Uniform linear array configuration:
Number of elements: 48
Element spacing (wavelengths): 0.75
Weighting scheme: hamming
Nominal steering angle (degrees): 60
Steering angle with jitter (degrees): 58.645
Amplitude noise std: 0.05
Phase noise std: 0.05

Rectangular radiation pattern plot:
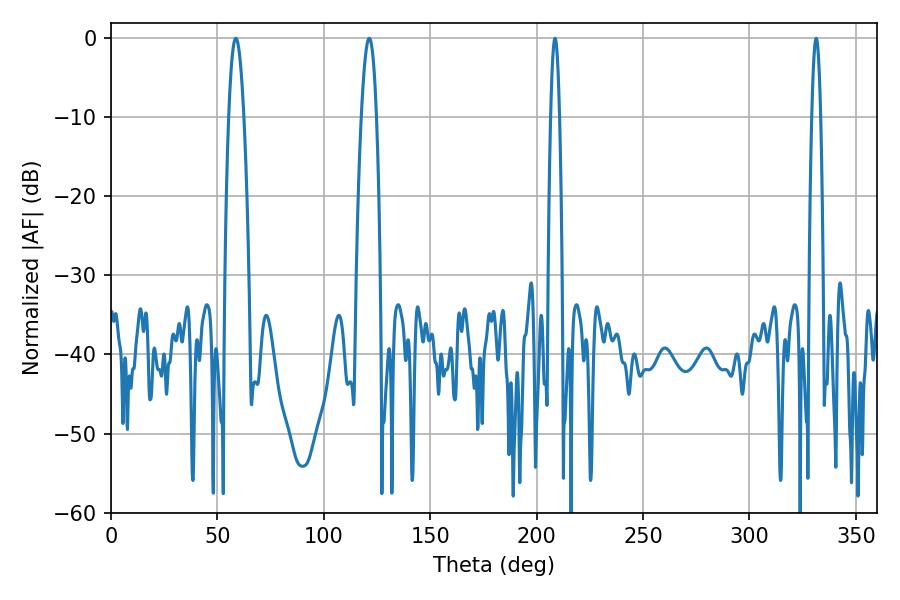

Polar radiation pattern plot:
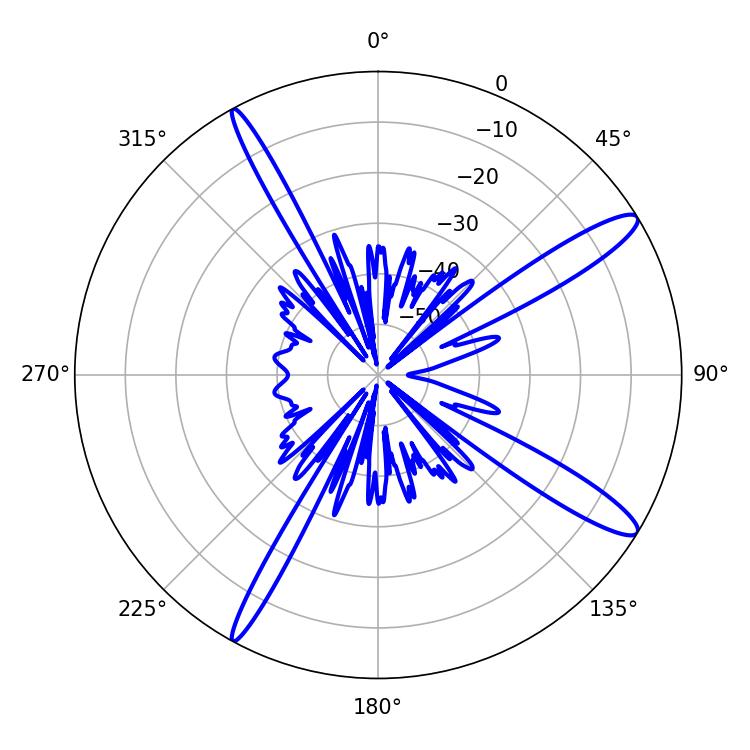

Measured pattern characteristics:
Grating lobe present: TRUE
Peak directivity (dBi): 13.728
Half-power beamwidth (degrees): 3.96
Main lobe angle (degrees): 58.68